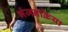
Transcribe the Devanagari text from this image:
भंजनक्रिया